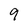
Character: 9